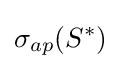
\sigma _{ap}(S^{*})